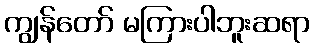
ကျွန်တော် မကြားပါဘူးဆရာ